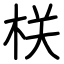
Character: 栚